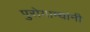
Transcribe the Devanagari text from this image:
पुरोगाम्यांनी